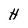
Character: H